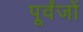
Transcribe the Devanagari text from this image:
पूर्वंजों